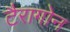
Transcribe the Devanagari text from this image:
टैरागोन